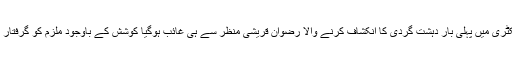
ساںحہ بلدیہ فیکٹری میں پہلی بار دہشت گردی کا انکشاف کرنے والا رضوان قریشی منظر سے ہی غائب ہوگیا کوشش کے باوجود ملزم کو گرفتار نہیں کیا جاسکا۔